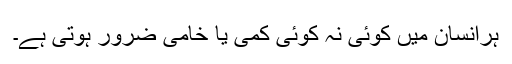
ہرانسان میں کوئی نہ کوئی کمی یا خامی ضرور ہوتی ہے۔